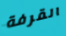
القرفة